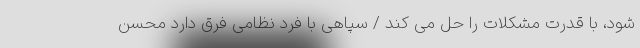
شود، با قدرت مشکلات را حل می کند / سپاهی با فرد نظامی فرق دارد محسن